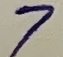
Text: 7